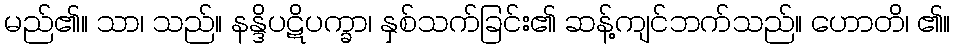
မည်၏။ သာ၊ သည်။ နန္ဒိပဋိပက္ခာ၊ နှစ်သက်ခြင်း၏ ဆန့်ကျင်ဘက်သည်။ ဟောတိ၊ ၏။